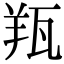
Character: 𦍭